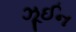
ઝૂઈન